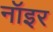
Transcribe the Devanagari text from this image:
नॉइर